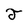
Character: T